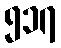
၅၁၇